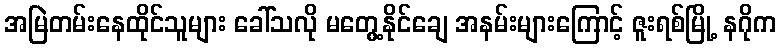
အမြဲတမ်းနေထိုင်သူများ ခေါ်သလို မတွေ့နိုင်ချေ အနမ်းများကြောင့် ဇူးရစ်မြို့ နဂိုက